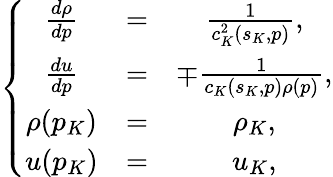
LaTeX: \left\{ \begin{array}{ccc}{\frac{d\rho}{dp}}&{=}&{\frac{1}{c_{K}^{2}(s_{K},p)},}\\ {\frac{du}{dp}}&{=}&{\mp\frac{1}{c_{K}(s_{K},p)\rho(p)},}\\ {\rho(p_{K})}&{=}&{\rho_{K},}\\ {u(p_{K})}&{=}&{u_{K},}\end{array}\right.